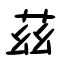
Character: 茲